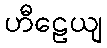
ဟီဠေယျ